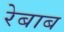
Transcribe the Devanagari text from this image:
रेबाब